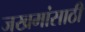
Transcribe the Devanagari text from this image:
जखमांसाठी